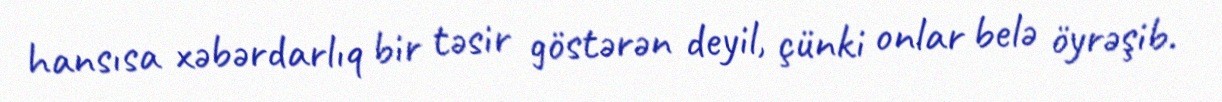
hansısa xəbərdarlıq bir təsir göstərən deyil, çünki onlar belə öyrəşib.